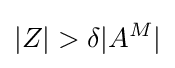
|Z|>\delta |A^{M}|